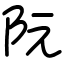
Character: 阮